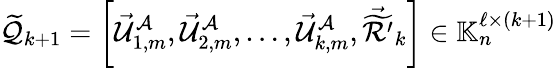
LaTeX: \widetilde{\mathcal{Q}}_{k+1}=\left[\vec{\mathcal{U}}_{1,m}^{\mathcal{A}},\vec{\mathcal{U}}_{2,m}^{\mathcal{A}},\ldots,\vec{\mathcal{U}}_{k,m}^{\mathcal{A}},\vec{\widetilde{\mathcal{R}^{\prime}}}_{k}\right]\in\mathbb{K}_{n}^{\ell\times(k+1)}